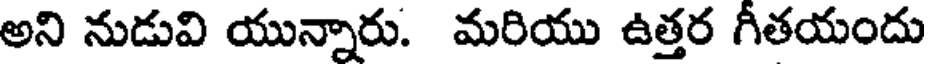
అని నుడువి యున్నారు. మరియు ఉత్తర గీతయందు